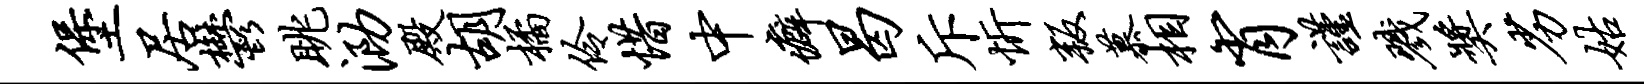
堡居郁眺泐殿胡橘伶惜中癖曷斥忻叛慕相肖谨戮奖劣姑